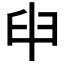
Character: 𦥔